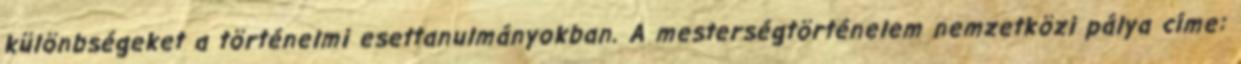
különbségeket a történelmi esettanulmányokban. A mesterségtörténelem nemzetközi pálya címe: